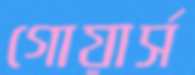
গোয়ার্স